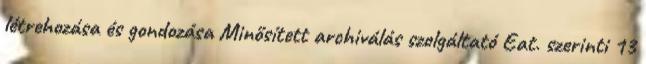
létrehozása és gondozása Minősített archiválás szolgáltató Eat. szerinti 13